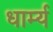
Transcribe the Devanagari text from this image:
धार्म्य